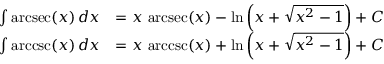
{ \begin{array} { r l } { \int \operatorname { a r c s e c } ( x ) \, d x } & { = x \, \operatorname { a r c s e c } ( x ) - \ln \left( x + { \sqrt { x ^ { 2 } - 1 } } \right) + C } \\ { \int \operatorname { a r c c s c } ( x ) \, d x } & { = x \, \operatorname { a r c c s c } ( x ) + \ln \left( x + { \sqrt { x ^ { 2 } - 1 } } \right) + C } \end{array} }